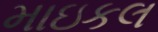
માઇકલ